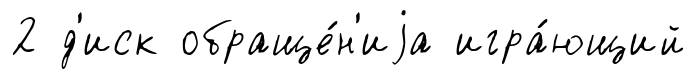
2 д'иск обраще́н'иjа игра́ющий